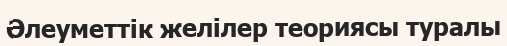
Әлеуметтік желілер теориясы туралы